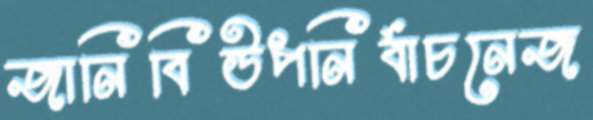
জানিবিউপনির্বাচনেজ